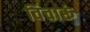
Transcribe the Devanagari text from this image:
विचारूं